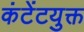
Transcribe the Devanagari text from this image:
कंटेंटयुक्त